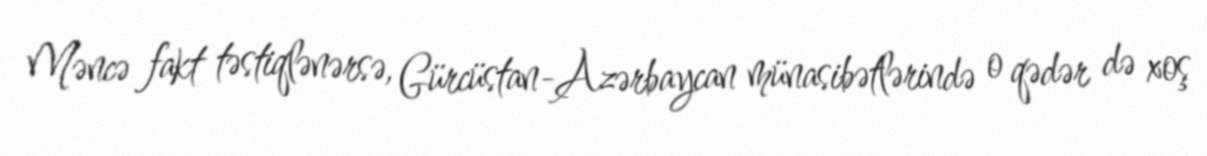
Məncə fakt təstiqlənərsə, Gürcüstan-Azərbaycan münasibətlərində o qədər də xoş